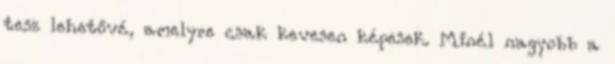
tesz lehetővé, amelyre csak kevesen képesek. Minél nagyobb a